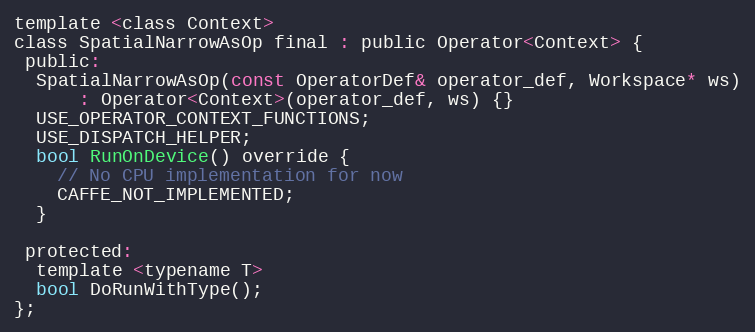
Language: C
template <class Context>
class SpatialNarrowAsOp final : public Operator<Context> {
 public:
  SpatialNarrowAsOp(const OperatorDef& operator_def, Workspace* ws)
      : Operator<Context>(operator_def, ws) {}
  USE_OPERATOR_CONTEXT_FUNCTIONS;
  USE_DISPATCH_HELPER;
  bool RunOnDevice() override {
    // No CPU implementation for now
    CAFFE_NOT_IMPLEMENTED;
  }

 protected:
  template <typename T>
  bool DoRunWithType();
};